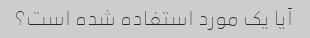
آیا یک مورد استفاده شده است؟